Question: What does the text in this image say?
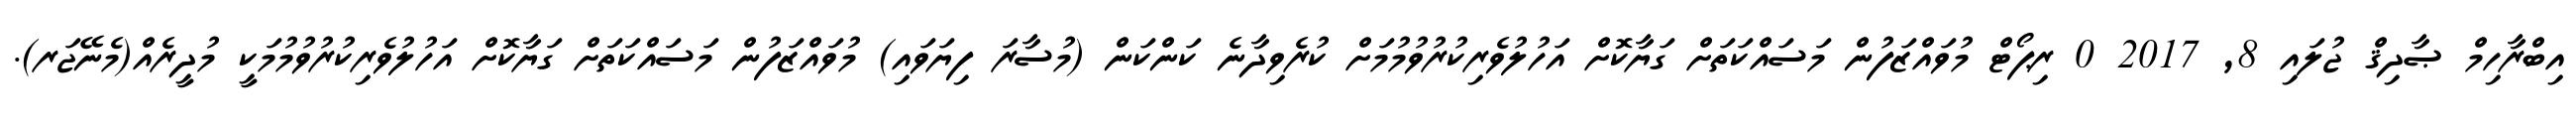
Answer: އިބްރާހިމް ޞާދިޤް ޖުލައި 8, 2017 0 ރިޕޯޓް މުވައްޒަފުން މަސައްކަތަށް ގަޔާކޮށް އަހުލުވެރިކުރުވުމުމަށް ކުރެވިދާނެ ކަންކަން (މުސާރަ ފިޔަވައި) މުވައްޒަފުން މަސައްކަތަށް ގަޔާކޮށް އަހުލުވެރިކުރުވުމުމަކީ މުދީރެއް(މެނޭޖަރ).